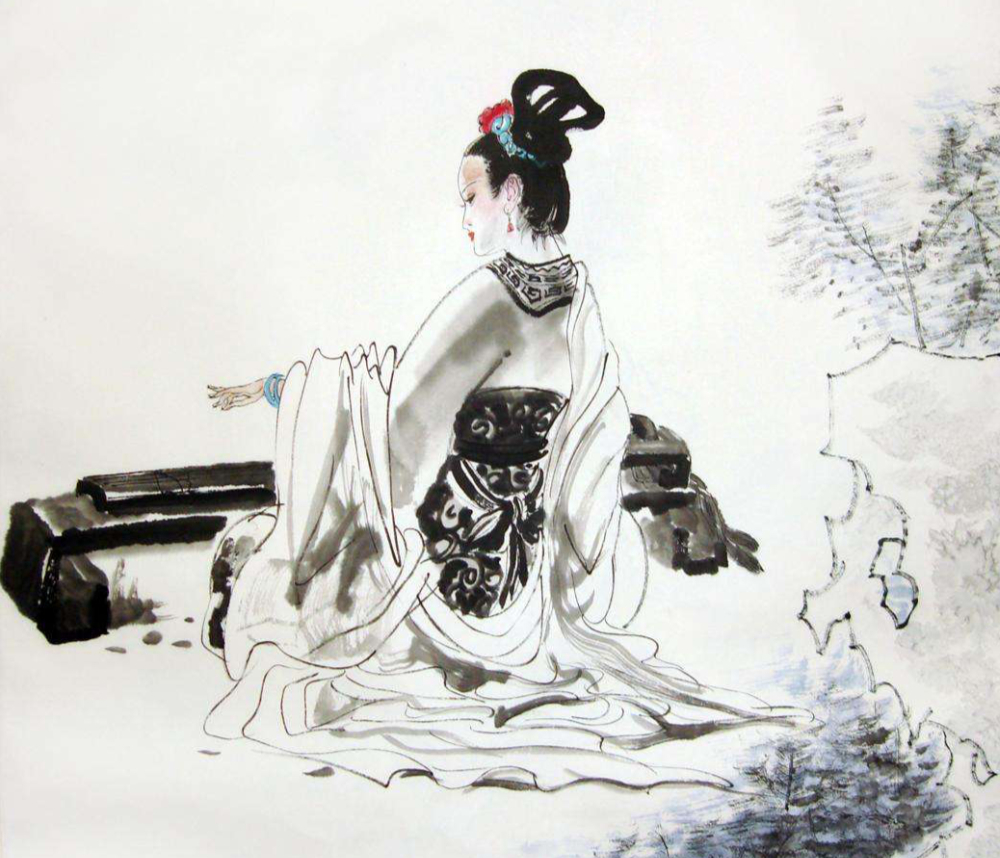
不用诉离觞，痛饮从来别有肠。